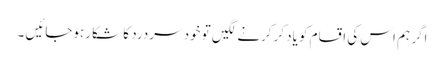
اگر ہم اس کی اقسام کو یاد کرکرنے لگیں تو خود سردرد کا شکا رہوجائیں ۔